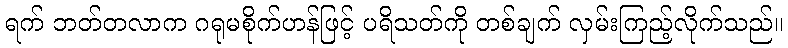
ရက် ဘတ်တလာက ဂရုမစိုက်ဟန်ဖြင့် ပရိသတ်ကို တစ်ချက် လှမ်းကြည့်လိုက်သည်။